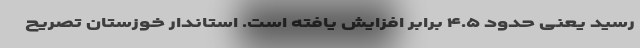
رسید یعنی حدود ۴.۵ برابر افزایش یافته است. استاندار خوزستان تصریح